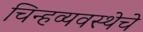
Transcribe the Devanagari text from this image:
चिन्हव्यवस्थेचे